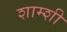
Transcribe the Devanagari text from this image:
शाम्शी